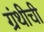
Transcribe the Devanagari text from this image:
ग्रंथीची